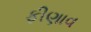
ફીણાવ